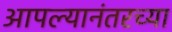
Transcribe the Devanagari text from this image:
आपल्यानंतरच्या